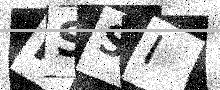
Text: PSSI